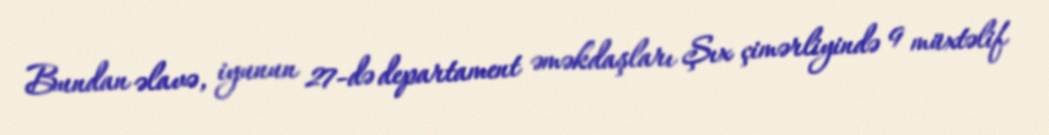
Bundan əlavə, iyunun 27-də departament əməkdaşları Şıx çimərliyində 9 müxtəlif